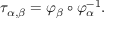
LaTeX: \tau _ { \alpha , \beta } = \varphi _ { \beta } \circ \varphi _ { \alpha } ^ { - 1 } .